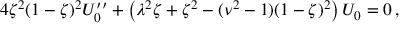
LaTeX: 4 \zeta ^ { 2 } ( 1 - \zeta ) ^ { 2 } U _ { 0 } ^ { \prime \prime } + \left( \lambda ^ { 2 } \zeta + \zeta ^ { 2 } - ( \nu ^ { 2 } - 1 ) ( 1 - \zeta ) ^ { 2 } \right) U _ { 0 } = 0 \, ,